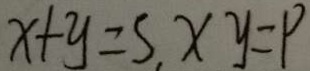
x + y = S , x y = p